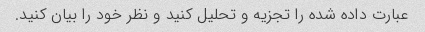
عبارت داده شده را تجزیه و تحلیل کنید و نظر خود را بیان کنید.